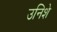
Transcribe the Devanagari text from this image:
उनिशे